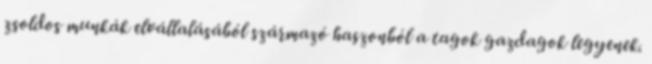
zsoldos munkák elvállalásából származó haszonból a tagok gazdagok legyenek.